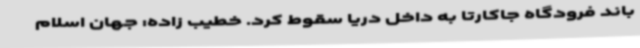
باند فرودگاه جاکارتا به داخل دریا سقوط کرد. خطیب زاده: جهان اسلام